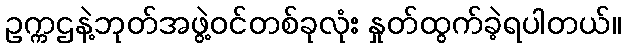
ဥက္ကဌနဲ့ဘုတ်အဖွဲ့ဝင်တစ်ခုလုံး နှုတ်ထွက်ခဲ့ရပါတယ်။